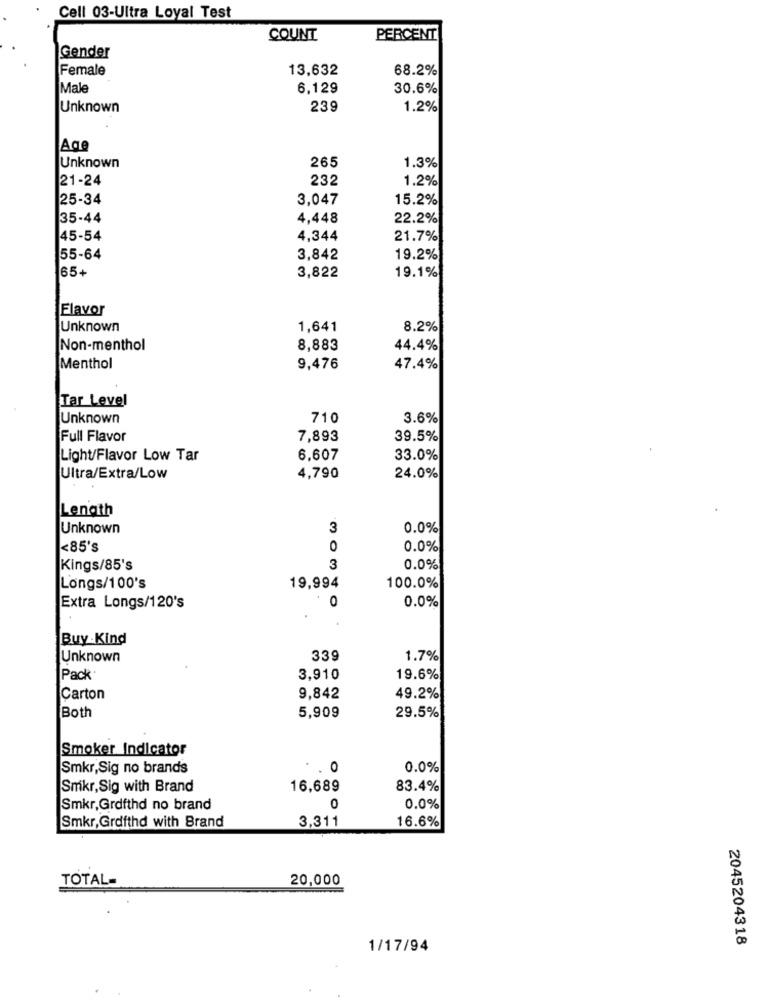
Cell 03-Ultra Loyal Test
COUNT
PERCENT
Gender
Female
13,632
68.2%
Male
6,129
30.6%
Unknown
239
1.2%
Age
265
1.3%
Unknown
21-24
232
1.2%
25-34
3.047
15.2%
35-44
4,448
22.2%
45-54
4,344
21.7%
55-64
3,842
19.2%
65+
3,822
19.1%
Flavor
Unknown
1,641
8.2%
Non-menthol
8,883
44.4%
Menthol
9,476
47.4%
Tar Level
Unknown
710
3.6%
Full Flavor
7,893
39.5%
Light/Flavor Low Tar
6,607
33.0%
Ultra/Extra/Low
4,790
24.0%
Lenath
Unknown
3
0.0%
<85's
0
0.0%
Kings/85's
3
0.0%
Longs/100's
19,994
100.0%
0.0%
Extra Longs/120's
0
Buy Kind
Unknown
339
1.7%
Pack
3,910
19.6%
Carton
9,842
49.2%
Both
5,909
29.5%
Smoker Indicator
Smkr,Sig no brands
0
0.0%
Smkr, Sig with Brand
16,689
83.4%
0
Smkr,Grdfthd no brand
0.0%
3.311
16.6%
Smkr,Grdfthd with Brand
TOTAL-
20,000
2045204318
1/17/94